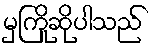
မှကြိုဆိုပါသည်